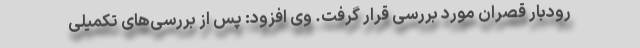
رودبار قصران مورد بررسی قرار گرفت. وی افزود: پس از بررسی‌های تکمیلی